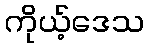
ကိုယ့်ဒေသ